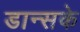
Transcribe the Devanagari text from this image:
डान्सके